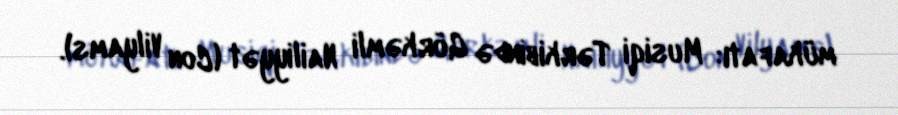
mükafatı: Musiqi Tərkibində Görkəmli Nailiyyət (Con Vilyams).